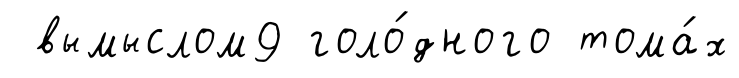
вымыслом9 голо́дного тома́х